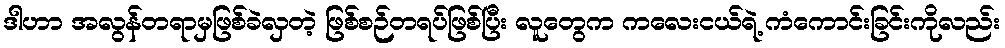
ဒါဟာ အလွန်တရာမှဖြစ်ခဲလှတဲ့ ဖြစ်စဉ်တရပ်ဖြစ်ပြီး လူတွေက ကလေးငယ်ရဲ့ ကံကောင်းခြင်းကိုလည်း